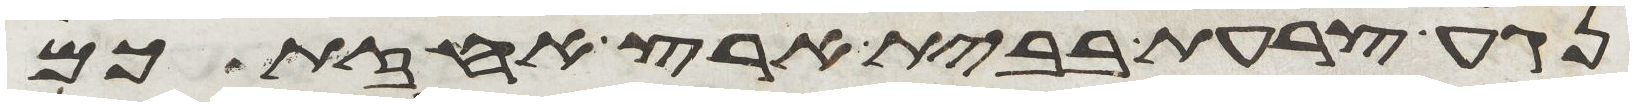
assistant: נגע צרעת בבית ארץ אחזתכם